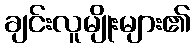
ချင်းလူမျိုးများ၏